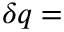
\delta q =